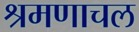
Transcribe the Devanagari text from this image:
श्रमणाचल